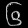
Digit: ၆